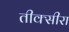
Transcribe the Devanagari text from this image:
तीक्सीरा